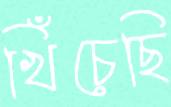
খিঁচেছি